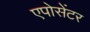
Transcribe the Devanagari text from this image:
एपोसेंटर